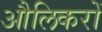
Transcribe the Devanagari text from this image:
औलिकरों